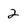
Character: 2